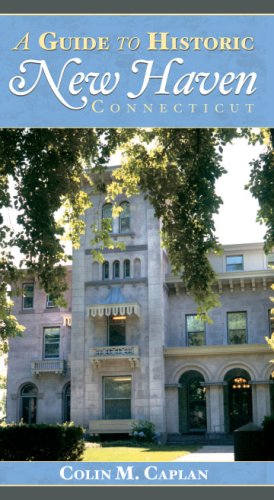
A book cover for A Guide to Historic New Haven, Connecticut (History & Guide (History Press)); Colin M. Caplan; Travel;